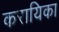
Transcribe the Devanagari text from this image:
करायिका